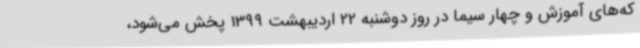
که‌های آموزش و چهار سیما در روز دوشنبه 22 اردیبهشت 1399 پخش می‌شود،